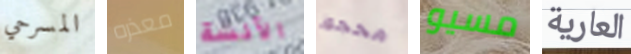
المسرحي معذره الآنسة محجوز مسيو العارية